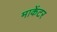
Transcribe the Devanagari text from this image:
माकेंटर